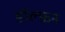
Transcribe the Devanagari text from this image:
डॉल्फ़न